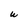
Character: U